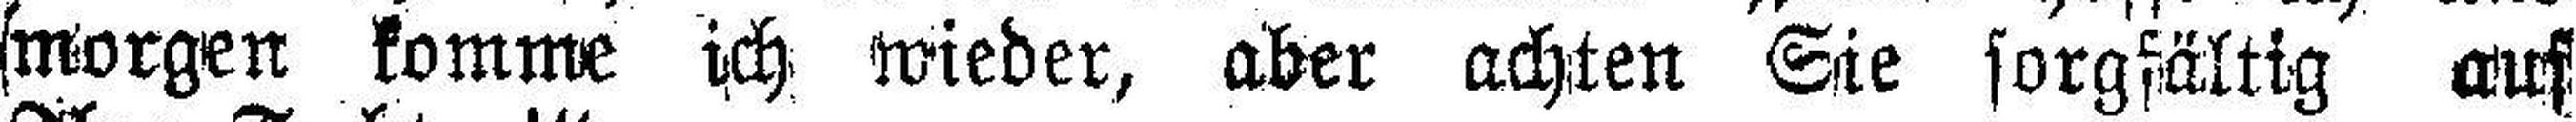
morgen komme ich wieder, aber achten Sie sorgfältig auf